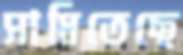
সাধিতেছে